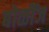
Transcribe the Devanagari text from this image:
बोळींज